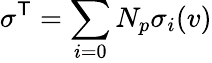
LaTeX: \sigma^{\mathsf{T}}=\sum_{i=0}{N_{p}}\sigma_{i}(v)